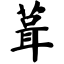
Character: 葺